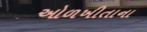
ઓળખીતાના